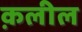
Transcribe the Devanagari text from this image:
क़लील